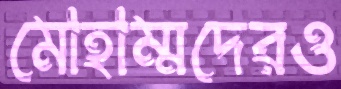
মোহাম্মদেরও